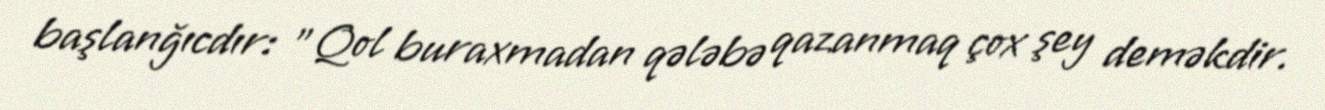
başlanğıcdır: "Qol buraxmadan qələbə qazanmaq çox şey deməkdir.